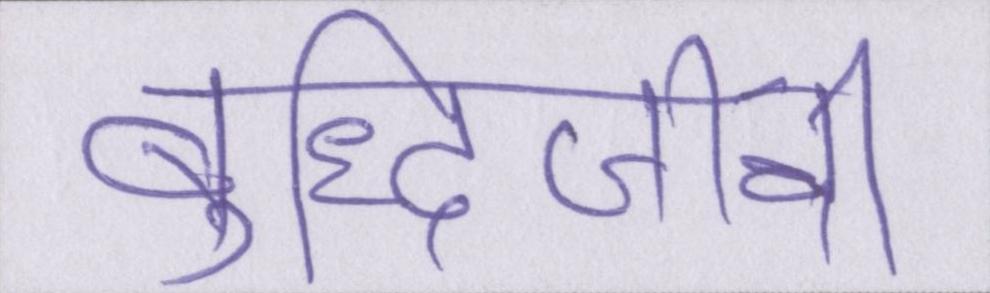
बुद्धिजीवी